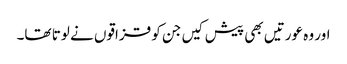
اور وہ عورتیں بھی پیش کیں جن کو قزاقوں نے لوتا تھا۔